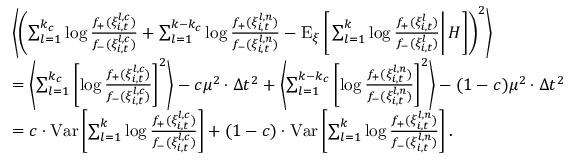
\begin{array} { r l } & { \left\langle \left( \sum _ { l = 1 } ^ { k _ { c } } \log \frac { f _ { + } ( \xi _ { i , t } ^ { l , c } ) } { f _ { - } ( \xi _ { i , t } ^ { l , c } ) } + \sum _ { l = 1 } ^ { k - k _ { c } } \log \frac { f _ { + } ( \xi _ { i , t } ^ { l , n } ) } { f _ { - } ( \xi _ { i , t } ^ { l , n } ) } - \mathrm { E } _ { \xi } \left[ \left. \sum _ { l = 1 } ^ { k } \log \frac { f _ { + } ( \xi _ { i , t } ^ { l } ) } { f _ { - } ( \xi _ { i , t } ^ { l } ) } \right| H \right] \right) ^ { 2 } \right\rangle } \\ & { = \left\langle \sum _ { l = 1 } ^ { k _ { c } } \left[ \log \frac { f _ { + } ( \xi _ { i , t } ^ { l , c } ) } { f _ { - } ( \xi _ { i , t } ^ { l , c } ) } \right] ^ { 2 } \right\rangle - c \mu ^ { 2 } \cdot \Delta t ^ { 2 } + \left\langle \sum _ { l = 1 } ^ { k - k _ { c } } \left[ \log \frac { f _ { + } ( \xi _ { i , t } ^ { l , n } ) } { f _ { - } ( \xi _ { i , t } ^ { l , n } ) } \right] ^ { 2 } \right\rangle - ( 1 - c ) \mu ^ { 2 } \cdot \Delta t ^ { 2 } } \\ & { = c \cdot \mathrm { V a r } \left[ \sum _ { l = 1 } ^ { k } \log \frac { f _ { + } ( \xi _ { i , t } ^ { l , c } ) } { f _ { - } ( \xi _ { i , t } ^ { l , c } ) } \right] + ( 1 - c ) \cdot \mathrm { V a r } \left[ \sum _ { l = 1 } ^ { k } \log \frac { f _ { + } ( \xi _ { i , t } ^ { l , n } ) } { f _ { - } ( \xi _ { i , t } ^ { l , n } ) } \right] . } \end{array}